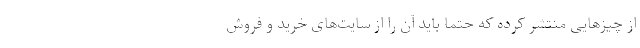
از چیزهایی منتشر کرده که حتما باید آن را از سایت‌های خرید و فروش